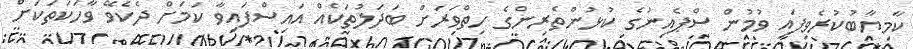
ކާމިޔާބުކުރެވިފައި ވުމުން ސްޕެއިނުގެ ކުޅުންތެރިންގެ ހިތްވަރަށް ބަދަލުތަކެއް އައިސްފައިވާ ކަމަށް ދެކެވޭ ވާހަކަތަކަށް